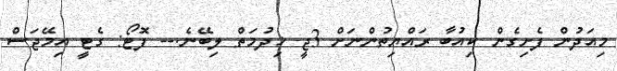
މިއަދުން ފެށިގެން ކިއުބާ ރައްޔިތުންނަށް 3ޖީ ޚިދުމަތް ލިބޭނެ.-- ފޮޓޯ: ގެޓީ އިމޭޖަސް